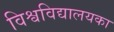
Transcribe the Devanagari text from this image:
विश्वविद्यालयका